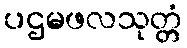
ပဌမဖလသုတ္တံ